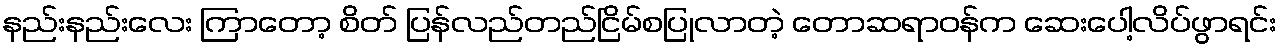
နည်းနည်းလေး ကြာတော့ စိတ် ပြန်လည်တည်ငြိမ်စပြုလာတဲ့ တောဆရာဝန်က ဆေးပေါ့လိပ်ဖွာရင်း